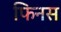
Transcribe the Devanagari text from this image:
फिनस